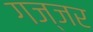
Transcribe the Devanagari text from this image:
गज्जर